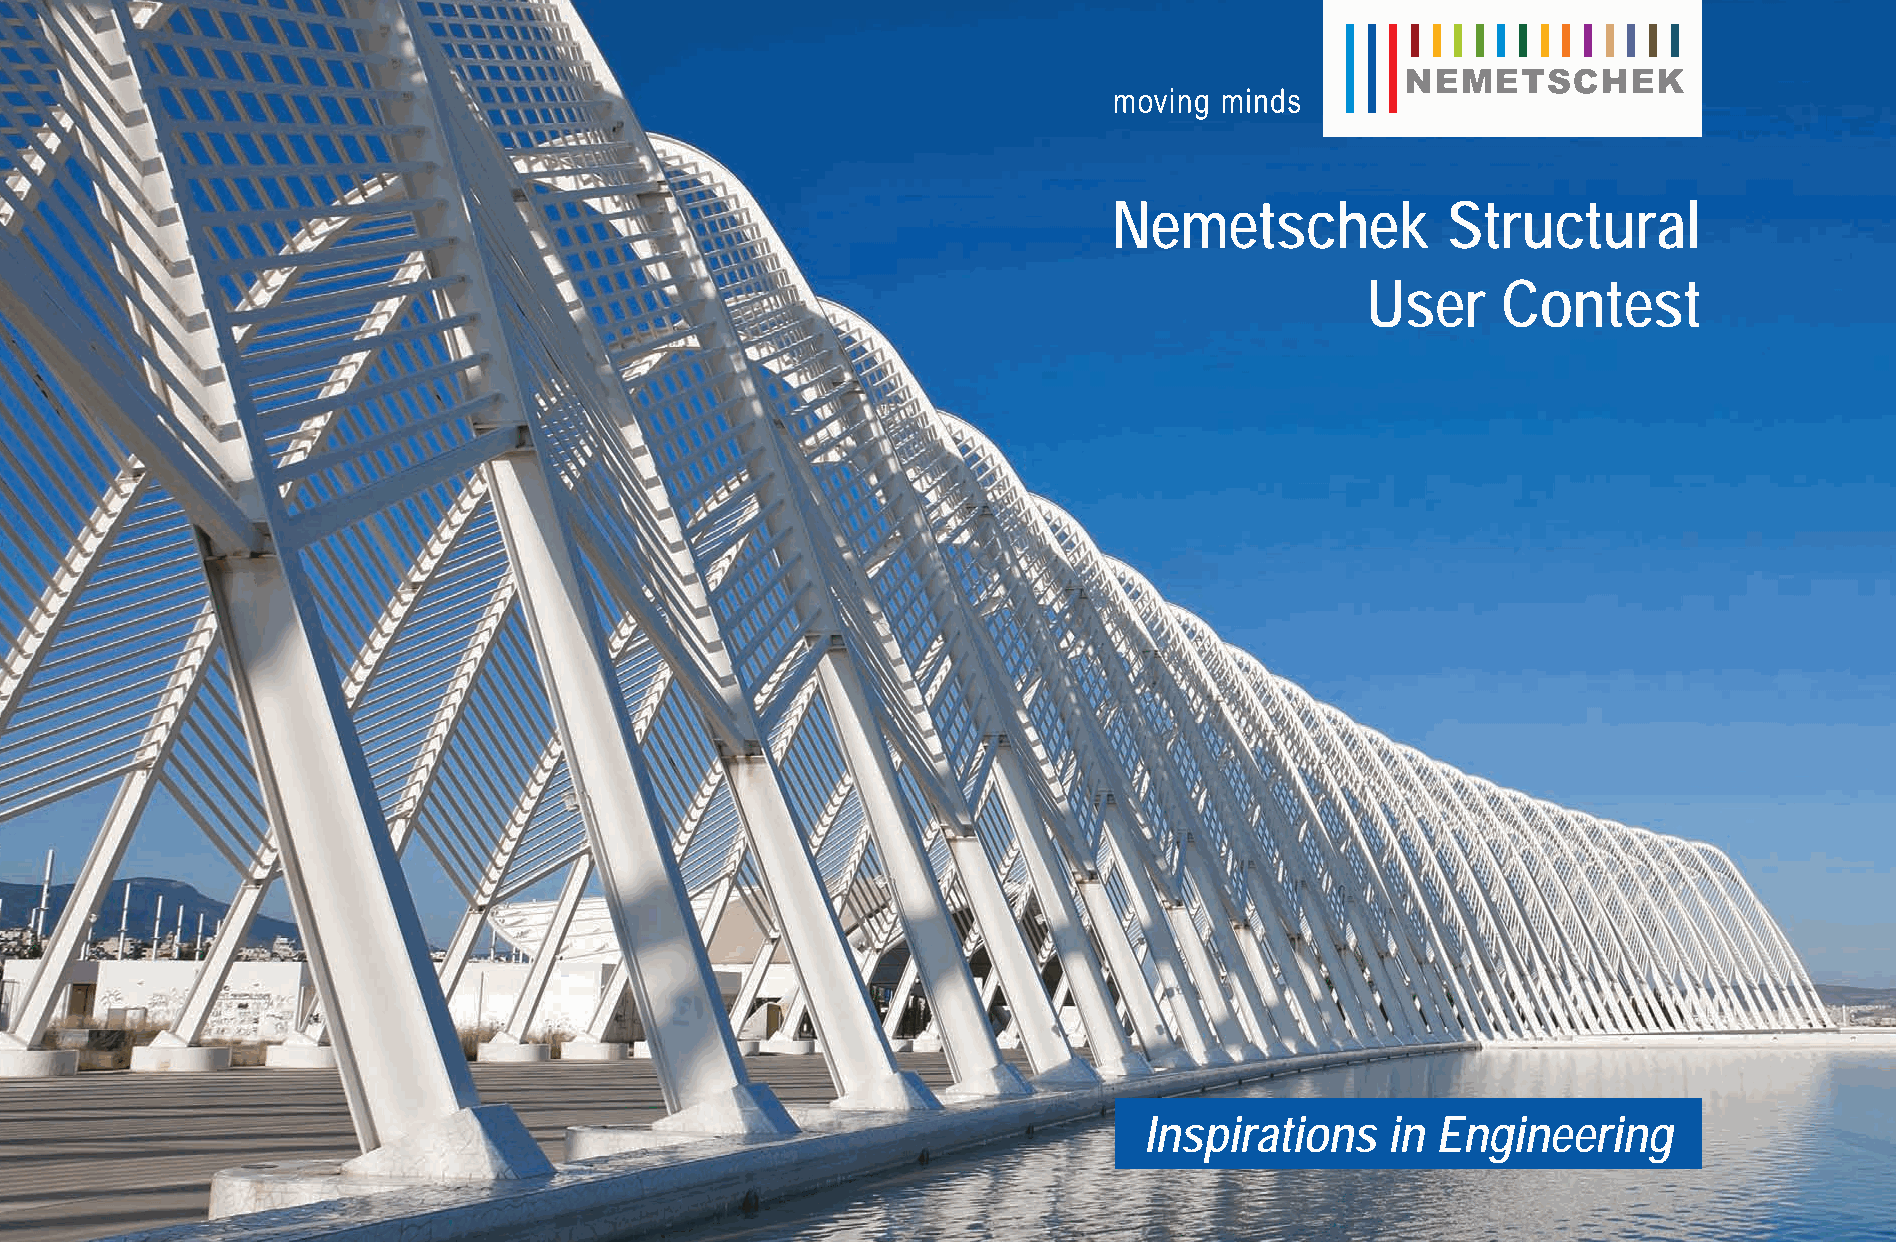
Nemetschek            Structural
 User     Contest
 Nemetschek Allplan
 Konrad-Zuse-Platz 1 - D-81829 München
 Tel: +49 89 92793-0 - Fax: +49 89 92793-5200
 info@allplan.com
 www.allplan.com
 Nemetschek Engineering (Allplan Precast)
 Stadionstrasse 6 - A-5071 Wals-Siezenheim
 Tel: +43 662 854111 - Fax: +43 662 854111610
 info@nemetschek-engineering.com
 www.nemetschek-engineering.com
 Nemetschek Scia
 Industrieweg 1007 - B-3540 Herk-de-Stad
 Tel: +32 13 55 17 75 - Fax: +32 13 55 41 75
 info@scia-online.com
 www.nemetschek-scia.com
 Nemetschek Frilo
 Stuttgarter Straße 36 - D-70469 Stuttgart
 Tel: +49 711 81002-0 - Fax: +49 711 858020
 info@frilo.de
 www.frilo.de
 GLASER -isb cad-
 Am Waldwinkel 21 - D-30974 Wennigsen
 Tel: +49 5105 5892-0 - Fax: +49 5105 82943
 info@isbcad.de
 Inspirations    in  Engineering
 www.isbcad.de
 UC-2013-Book-Cover.indd 1                                                                                                                                                                                                                               7/11/2013 11:50:43 AM
 Nemetschek
 Structural
 User
 Contest
 “Inspirations
 in
 Engineering”
 2013